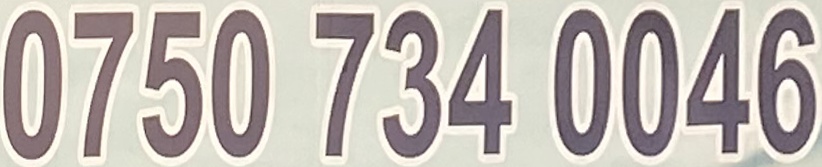
0750 734 0046